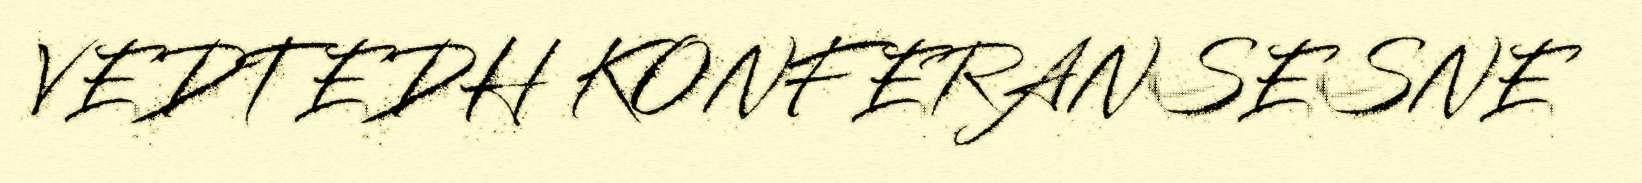
VEDTEDH KONFERANSESNE